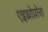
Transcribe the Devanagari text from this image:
एइध्रोप्रोरा